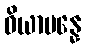
ဝိယာပန္နေ